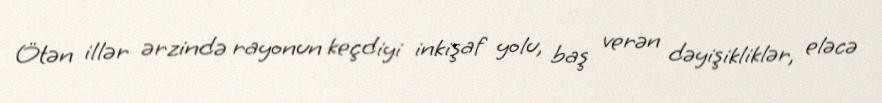
Ötən illər ərzində rayonun keçdiyi inkişaf yolu, baş verən dəyişikliklər, eləcə